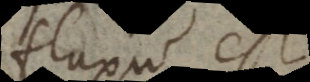
fluxu est,